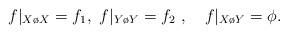
LaTeX: \begin{align*}f|_{X\o X}= f_1,\ f|_{Y\o Y} = f_2\ ,\quad f|_{X\o Y}=\phi.\end{align*}